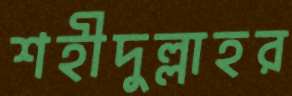
শহীদুল্লাহর